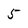
Character: 5